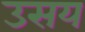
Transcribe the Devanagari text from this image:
उसय